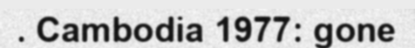
. Cambodia 1977: gone